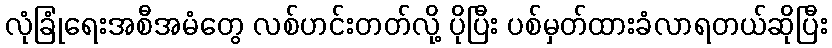
လုံခြုံရေးအစီအမံတွေ လစ်ဟင်းတတ်လို့ ပိုပြီး ပစ်မှတ်ထားခံလာရတယ်ဆိုပြီး